Kloostri_vallavalitsus, lk 22
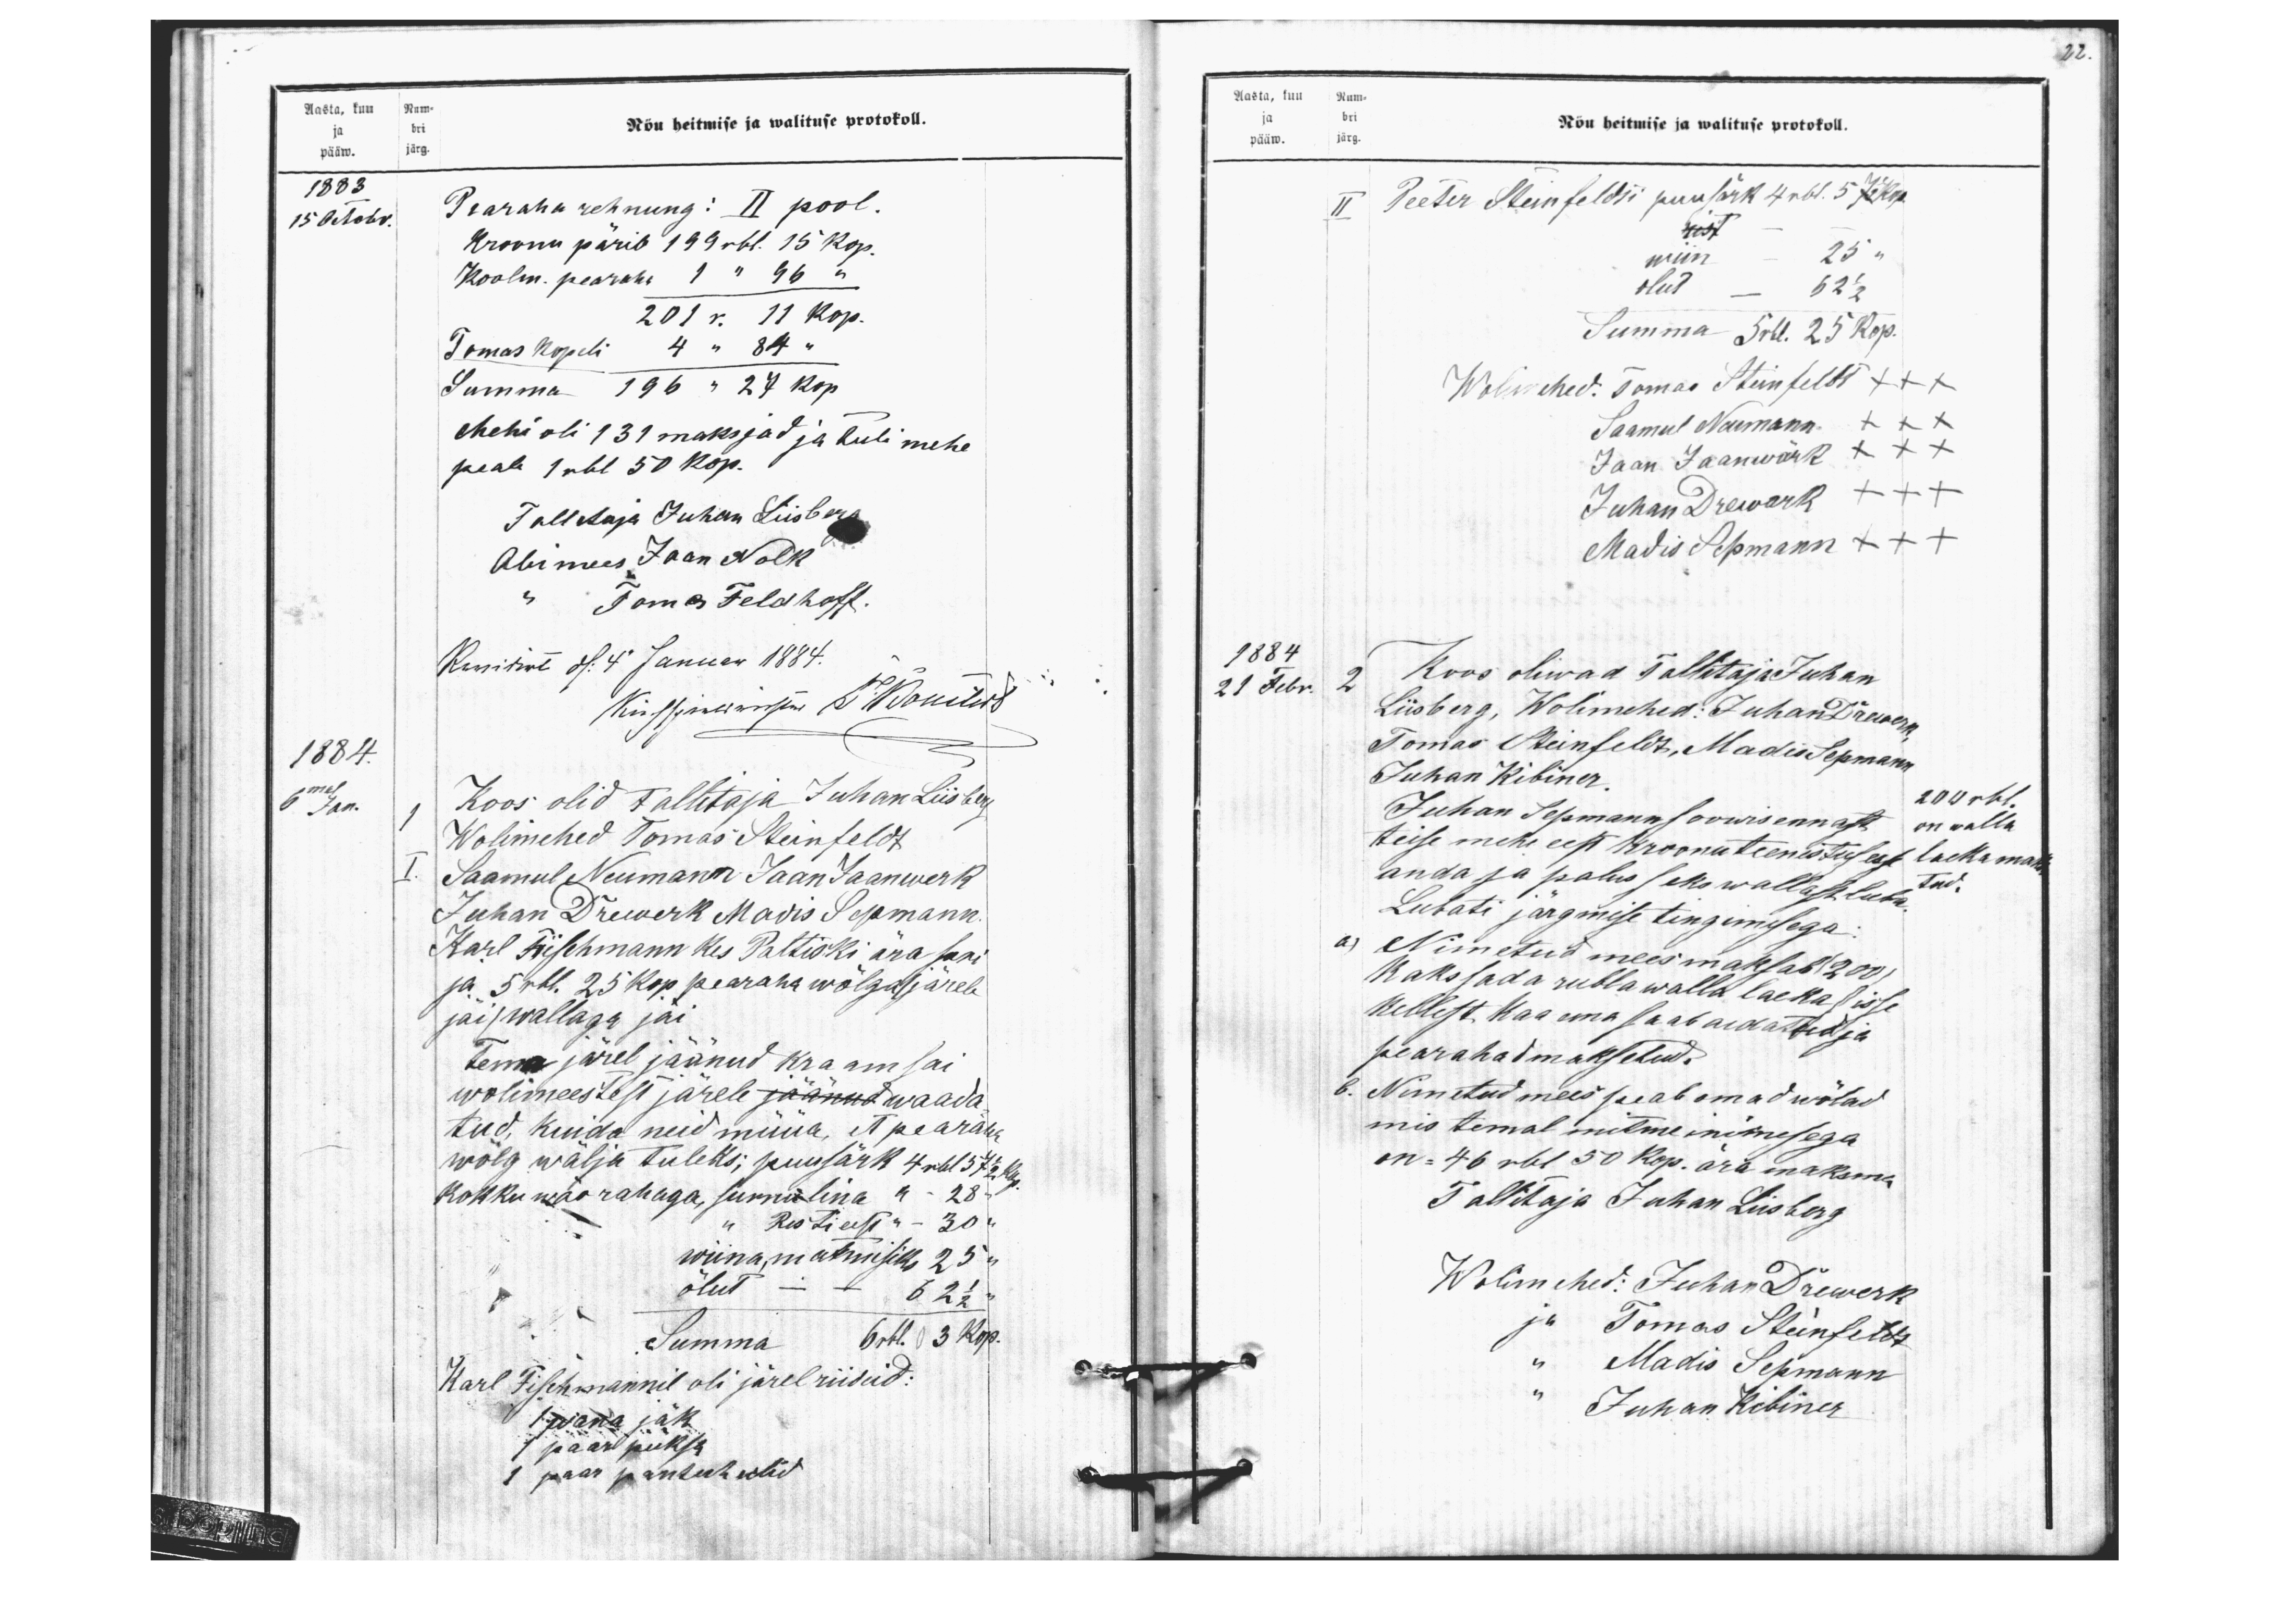
Aasta, kuu Num-
ja bri
pääw. järg.
Nõu heitmise ja walituse protokoll.
1883
15 Octobr.
Pearaha rehnung: II pool.
Kroonu pärib 199 rbl. 15 kop.
Koolm. pearaha 1 " 96 "
201 r. 11 kop.
Tomas Kopeli 4 " 84 "
Summa 196 " 27 kop.
Mehi oli 131 maksjad ja tuli mehe
peale 1 rbl 50 kop.
Tallitaja Juhan Liisberg
Abimees Jaan Nolk
" Tomas Feldhoff.
Komiswe N: 4 Januar 1884.
Küssime masime L. Kommer
Koos olid Tallitaja Juhan Liisberg
Wolimehed Tomas Steinfeldt
I. Saamul Neumann Jaan Jaanwerk
Juhan Drewerk Madis Sepmann.
Karl Fischmann kes Paltiski ära suri
ja 5 rbl. 25 kop. pearaha wõlga (järele
jäi) wallaga jäi
Tema järel jäänud kraam sai
wolimeestest järele jäänud waada
tud, kuida neid müüa, et pearaha
wõlg wälja tuleks, puusärk 4 rbl 57 1/2 kop
kokku wäo rahaga, surnuilina 4 - 28 "
" Risti eest " - 30 "
wiina,matmiseks 25 "
õlut - -  62 1/2 "
Summa 6 rbl. 3 kop.
Karl Fischmannil oli järel riideid:
1 wana jäk
1 paar püksa
paar pantuhwlid
1884.
6mal Jan.

22.
Aasta, kuu Num-
ja bri
Nõu heitmise ja walituse protokoll.
pääw. järg.
II Peeter Steinfeldti puusärk 4 rbl. 57 Kop.
rist - -
wiin  - 25 "
olut - 62 1/2
Summa 5 rbl. 25 kop.
Wolimehed: Tomas Steinfeldt xxx
Saamul Neumann XXX
Jaan Jaanwärk XXX
Juhan Drewark +++
Madis Sepmann x++
1884
2 Koos oliwad Tallittaja Juhan
21 Febr.
Liisberg, Wolimehed: Juhan Drewerk
Tomas Steinfeldt, Madis Sepmann,
Juhan Kibiner
200 rbl.
Juhan Sepmann soowis ennast
on walla
teise mehe eest kroonu teenistus est
laeka maks
anda ja palus seks wallast luba
tud.
Lubati järgmise tingimisega
a) Nimetud mees maksab (200)
Kaks sada rubla walla laeka sisse
kellest kaa ema saab aidatud ja
pearahad maksetud.
b. Nimetud mees peab omad wõlad
mis temal mitme inimesega
on = 46 rbl 50 kop. ära maksma
Tallitaja Juhan Liisberg
Wolimehed: Juhan Drewerk
ja Tomas Steinfeldt
" Madis Sepmann
" Juhan Kibiner